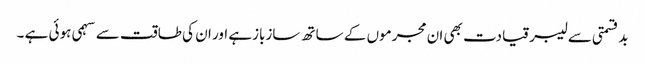
بدقسمتی سے لیبر قیادت بھی ان مجرموں کے ساتھ سازبازہے اور ان کی طاقت سے سہمی ہوئی ہے ۔